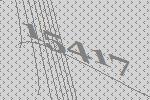
15417